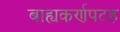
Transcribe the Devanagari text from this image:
बाह्यकर्णपटह